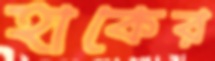
হাকের